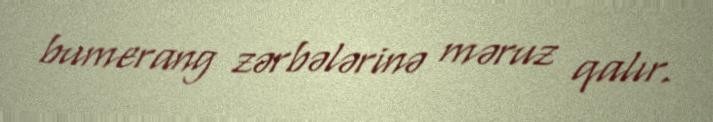
bumerang zərbələrinə məruz qalır.